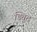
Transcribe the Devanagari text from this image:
ड्यिूट